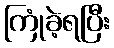
ကြုံခဲ့ရပြီး